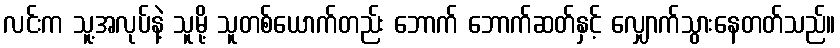
လင်းက သူ့အလုပ်နဲ့ သူမို့ သူတစ်ယောက်တည်း ဘောက် ဘောက်ဆတ်နှင့် လျှောက်သွားနေတတ်သည်။